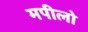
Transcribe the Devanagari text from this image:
मपीलो